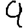
Digit: 9